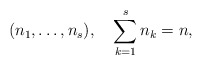
\begin{align*}(n_1,\ldots, n_s), \quad \sum_{k=1}^s n_k=n,\end{align*}